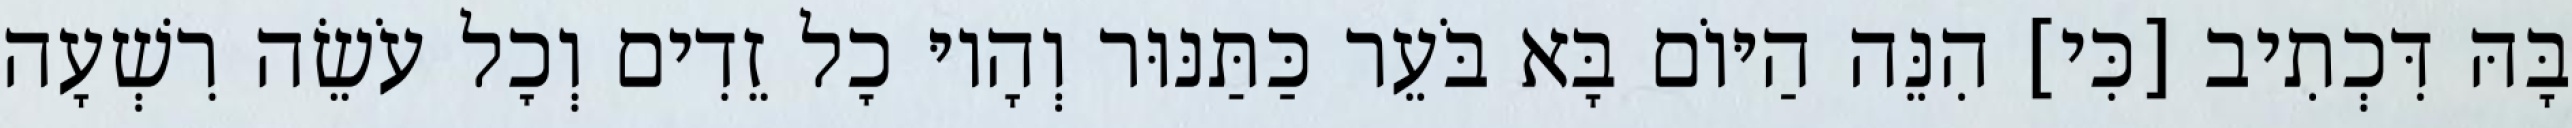
בָּהּ דִּכְתִיב [כִּי] הִנֵּה הַיּוֹם בָּא בֹּעֵר כַּתַּנּוּר וְהָיוּ כׇל זֵדִים וְכׇל עֹשֵׂה רִשְׁעָה